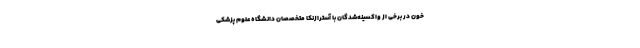
خون در برخی از واکسینه‌شدگان با آسترازنکا متخصصان دانشگاه علوم پزشکی